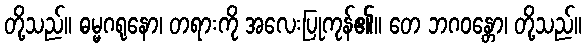
တို့သည်။ ဓမ္မဂရုနော၊ တရားကို အလေးပြုကုန်၏။ တေ ဘဂဝန္တော၊ တို့သည်။